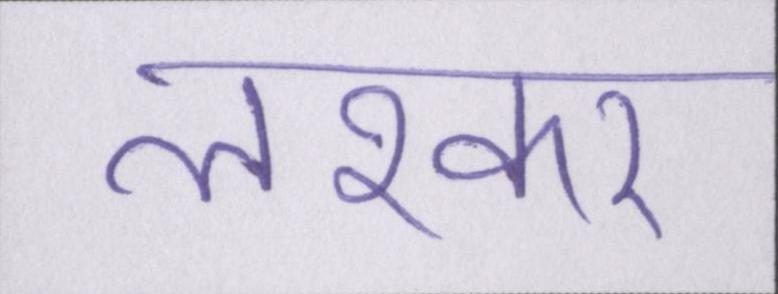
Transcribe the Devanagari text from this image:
लश्कर